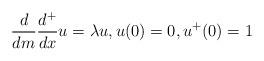
LaTeX: \begin{align*}\frac{d}{dm}\frac{d^+}{dx}u = \lambda u, u(0) = 0, u^+(0) = 1 \end{align*}